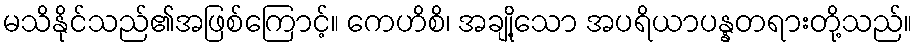
မသိနိုင်သည်၏အဖြစ်ကြောင့်။ ကေဟိစိ၊ အချို့သော အပရိယာပန္နတရားတို့သည်။